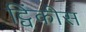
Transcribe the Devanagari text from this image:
ट्विंकीस